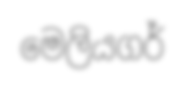
මෙලියගර්